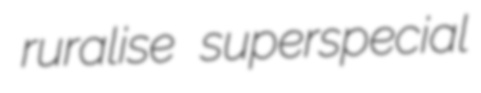
ruralise superspecial